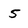
Character: 5